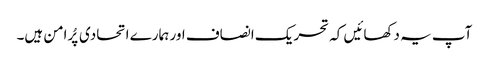
آپ یہ دکھائیں کہ تحریک انصاف اور ہمارے اتحادی پُرامن ہیں۔